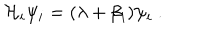
{ \cal H } _ { i } \psi _ { i } = ( \lambda + \beta _ { i } ) \psi _ { i } ~ .